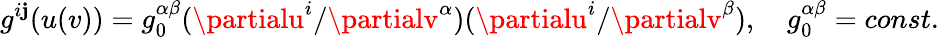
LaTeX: g^{i\mathbf{j}}(u(v))=g_{0}^{\alpha\beta}(\partialu^{i}/\partialv^{\alpha})(\partialu^{i}/\partialv^{\beta}),\ \ \ \ g_{0}^{\alpha\beta}=const.